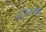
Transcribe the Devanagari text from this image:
इलाथ